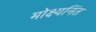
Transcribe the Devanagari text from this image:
मोक्ष्यनिंत